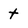
Character: t